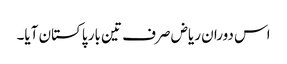
اس دوران ریاض صرف تین بار پاکستان آیا۔